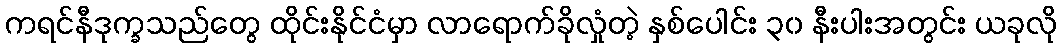
ကရင်နီဒုက္ခသည်တွေ ထိုင်းနိုင်ငံမှာ လာရောက်ခိုလှုံတဲ့ နှစ်ပေါင်း ၃၀ နီးပါးအတွင်း ယခုလို